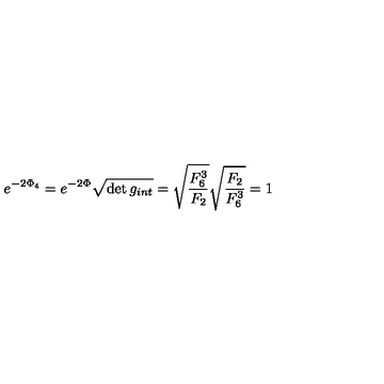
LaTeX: e ^ { - 2 \Phi _ { 4 } } = e ^ { - 2 \Phi } \sqrt { \det g _ { i n t } } = \sqrt { { \frac { F _ { 6 } ^ { 3 } } { F _ { 2 } } } } \sqrt { { \frac { F _ { 2 } } { F _ { 6 } ^ { 3 } } } } = 1